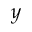
y